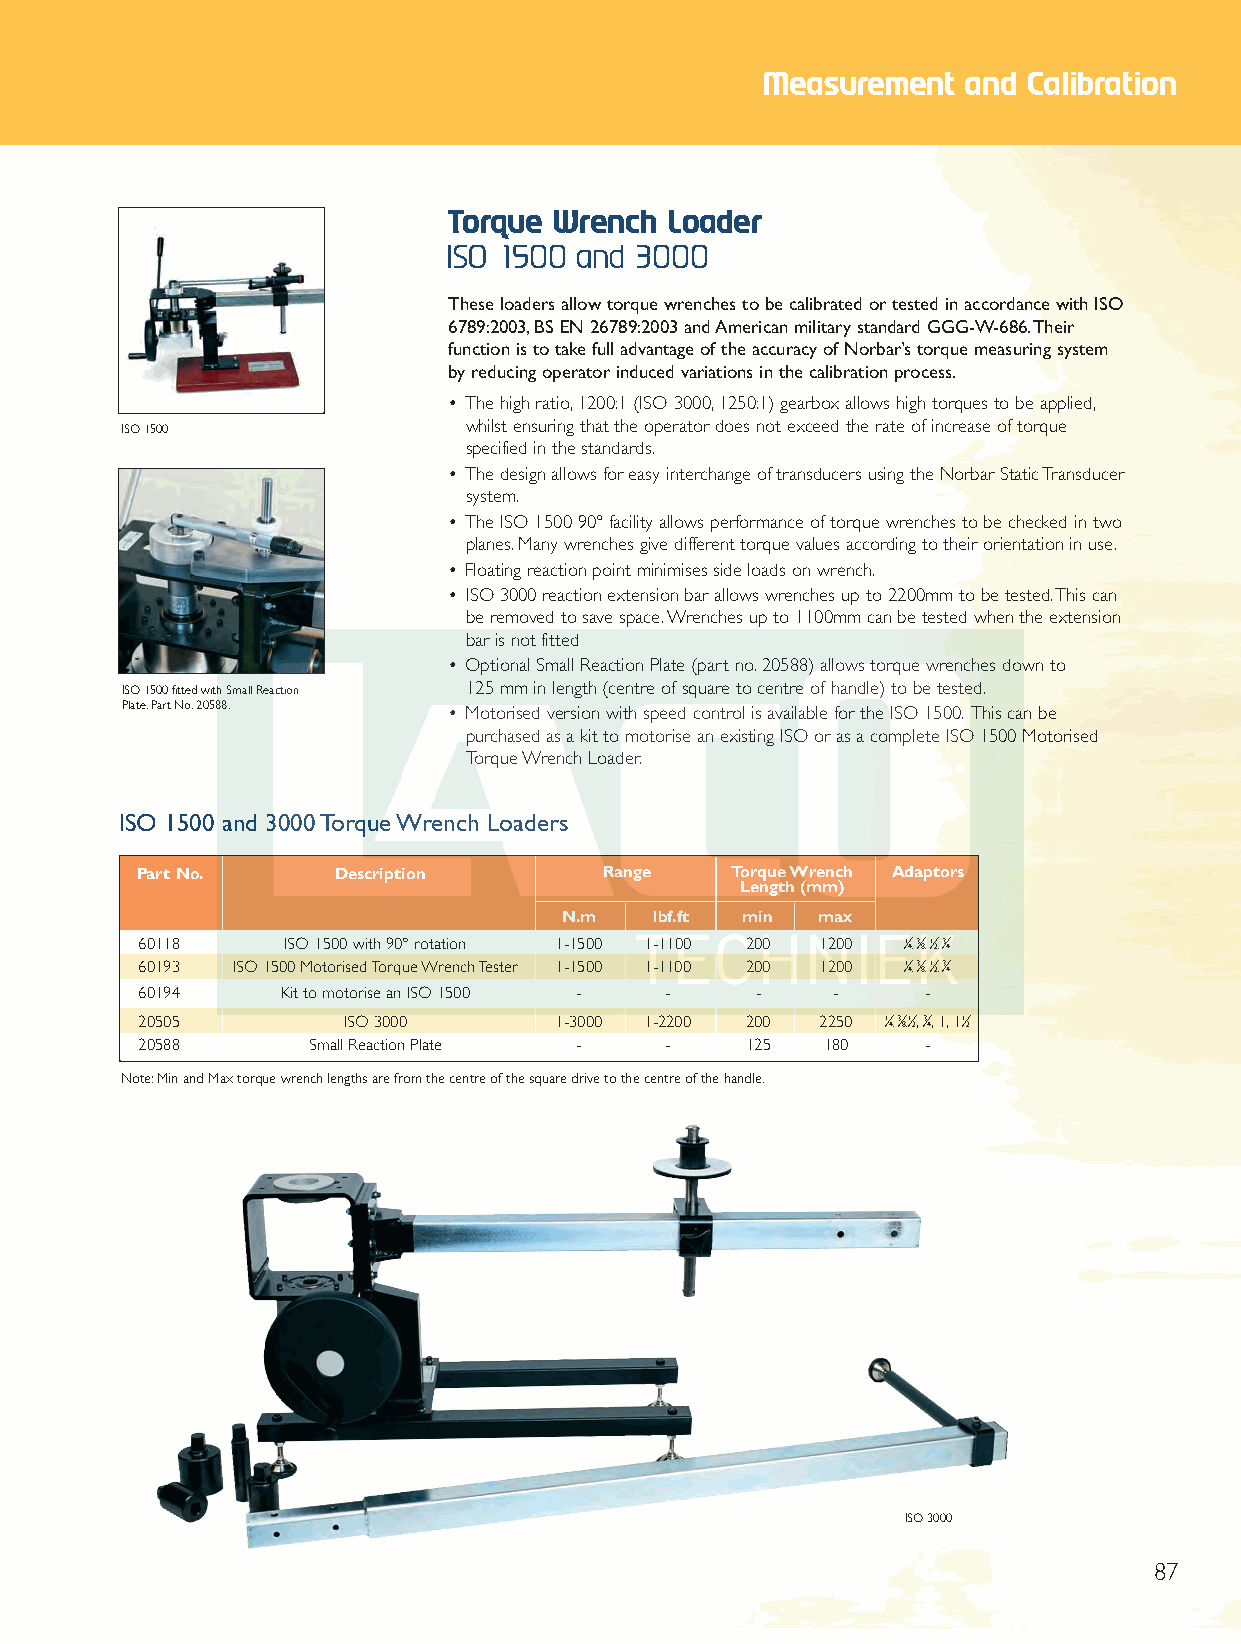
End 2012 Q6.qxd 30/10/12 9:04 am Page 87
 Measurement   and Calibration
 Torque Wrench Loader
 ISO 1500 and 3000
 These loaders allow torque wrenches to be calibrated or tested in accordance with ISO
 6789:2003,BS EN 26789:2003 and American military standard GGG-W-686.Their
 function is to take full advantage of the accuracy of Norbar’s torque measuring system
 by reducing operator induced variations in the calibration process.
 • The high ratio,1200:1 (ISO 3000,1250:1) gearbox allows high torques to be applied,
 ISO 1500               whilst ensuring that the operator does not exceed the rate of increase of torque
 specified in the standards.
 • The design allows for easy interchange of transducers using the Norbar Static Transducer
 system.
 • The ISO 1500 90°facility allows performance of torque wrenches to be checked in two
 planes.Many wrenches give different torque values according to their orientation in use.
 • Floating reaction point minimises side loads on wrench.
 • ISO 3000 reaction extension bar allows wrenches up to 2200mm to be tested.This can
 be removed to save space.Wrenches up to 1100mm can be tested when the extension
 bar is not fitted
 • Optional Small Reaction Plate (part no.20588) allows torque wrenches down to
 ISO 1500 fitted with Small Reaction 125 mm in length (centre of square to centre of handle) to be tested.
 Plate,Part No.20588.  • Motorised version with speed control is available for the ISO 1500. This can be
 purchased as a kit to motorise an existing ISO or as a complete ISO 1500 Motorised
 Torque Wrench Loader.
 ISO 1500 and 3000 Torque Wrench Loaders
 Part No.     Description       Range   Torque Wrench Adaptors
 Length (mm)
 N.m   lbf.ft min max
 60118     ISO 1500 with 90°rotation 1-1500 1-1100 200 1200 1⁄
 4,
 3⁄
 8,
 1⁄
 2,
 3⁄
 4
 60193 ISO 1500 Motorised Torque Wrench Tester 1-1500 1-1100 200 1200 1⁄
 4,
 3⁄
 8,
 1⁄
 2,
 3⁄
 4
 60194    Kit to motorise an ISO 1500 - - -    -     -
 20505         ISO 3000      1-3000 1-2200 200 2250 1⁄
 4,
 3⁄ 8,1⁄ 2,3⁄ 4,1,11⁄
 2
 20588      Small Reaction Plate -  -    125  180    -
 Note:Min and Max torque wrench lengths are from the centre of the square drive to the centre of the handle.
 ISO 3000
 87